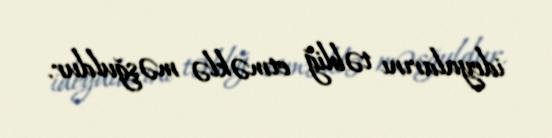
ideyalarını təbliğ etməklə məşğuldur.